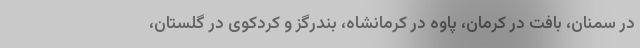
در سمنان، بافت در کرمان، پاوه در کرمانشاه، بندرگز و کردکوی در گلستان،